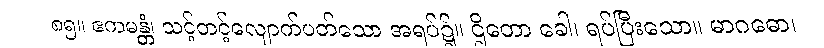
၈၅။ ဧကမန္တံ၊ သင့်တင့်လျောက်ပတ်သော အရပ်၌။ ဌိတော ခေါ၊ ရပ်ပြီးသော။ မာဂဓော၊